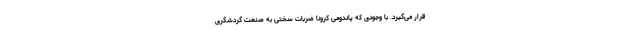
قرار می‌گیرد. با وجودی که پاندومی کرونا ضربات سختی به صنعت گردشگری